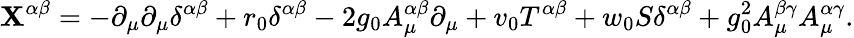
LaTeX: \mathbf{X}^{\alpha\beta}=-\partial_{\mu}\partial_{\mu}\delta^{\alpha\beta}+r_{0}\delta^{\alpha\beta}-2g_{0}A_{\mu}^{\alpha\beta}\partial_{\mu}+v_{0}T^{\alpha\beta}+w_{0}S\delta^{\alpha\beta}+g_{0}^{2}A_{\mu}^{\beta\gamma}A_{\mu}^{\alpha\gamma}.